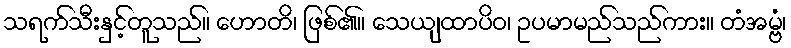
သရက်သီးနှင့်တူသည်။ ဟောတိ၊ ဖြစ်၏။ သေယျထာပိဝ၊ ဥပမာမည်သည်ကား။ တံအမ္ဗံ၊